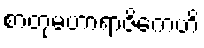
စာတုမဟာရာဇိကေဟိ